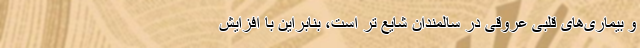
و بیماری‌های قلبی عروقی در سالمندان شایع تر است، بنابراین با افزایش